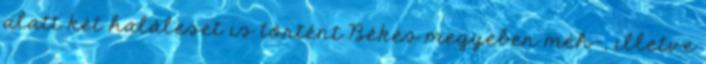
alatt két haláleset is történt Békés megyében méh-, illetve